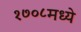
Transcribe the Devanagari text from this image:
१७०८मध्ये